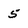
Character: 5